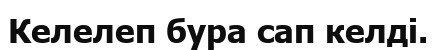
Келелеп бура сап келді.